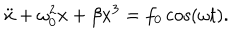
LaTeX: \ddot { x } + \omega _ { 0 } ^ { 2 } x + \beta x ^ { 3 } = f _ { 0 } \cos ( \omega t ) .